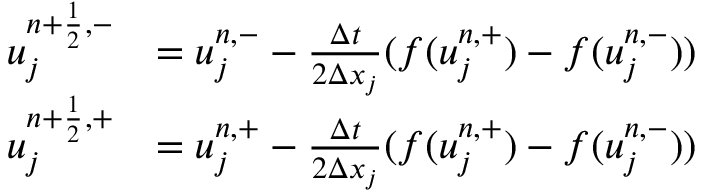
\begin{array} { r l } { u _ { j } ^ { { n + \frac { 1 } { 2 } } , - } } & { = u _ { j } ^ { n , - } - \frac { \Delta t } { 2 \Delta x _ { j } } ( f ( u _ { j } ^ { n , + } ) - f ( u _ { j } ^ { n , - } ) ) } \\ { u _ { j } ^ { { n + \frac { 1 } { 2 } } , + } } & { = u _ { j } ^ { n , + } - \frac { \Delta t } { 2 \Delta x _ { j } } ( f ( u _ { j } ^ { n , + } ) - f ( u _ { j } ^ { n , - } ) ) } \end{array}